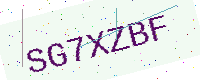
Text: SG7XZBF